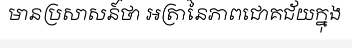
មានប្រសាសន៍ថា អត្រានៃភាពជោគជ័យក្នុង